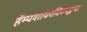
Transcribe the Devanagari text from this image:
हॅम्पशायरविरूद्धचा